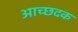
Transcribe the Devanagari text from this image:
आच्छदक